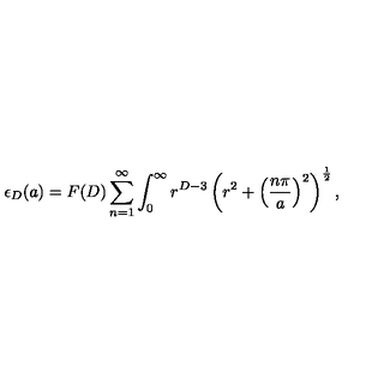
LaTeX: \epsilon _ { D } ( a ) = F ( D ) \sum _ { n = 1 } ^ { \infty } \int _ { 0 } ^ { \infty } r ^ { D - 3 } \left( r ^ { 2 } + \left( \frac { n \pi } { a } \right) ^ { 2 } \right) ^ { \frac { 1 } { 2 } } ,